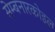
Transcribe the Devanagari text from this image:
सेम्बनारकोइल